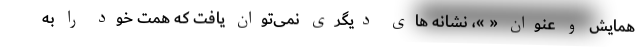
همایش و عنوان « »، نشانه های دیگری نمی‌توان یافت که همت خود را به